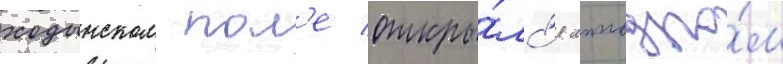
ходынском пол'е откры́лс'я ипподро́м